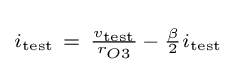
\scriptstyle i_{\text{test}}~=~{\frac {v_{\text{test}}}{r_{O3}}}\,-\,{\frac {\beta }{2}}i_{\text{test}}